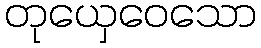
တုယှေဝေသော